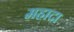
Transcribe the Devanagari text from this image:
महादा